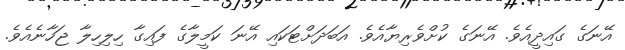
އޭނަގެ ގައިދީއެވެ. އޭނަގެ ކުށްވެރިޔާއެވެ. އަބަދަށްޓަކައި އޭނަ ކަމީލާގެ ފައިގާ ހިލިހިލާ ޖަހާނެއެވެ.